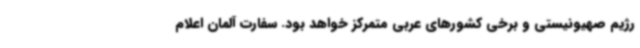
رژیم صهیونیستی و برخی کشورهای عربی متمرکز خواهد بود. سفارت آلمان اعلام